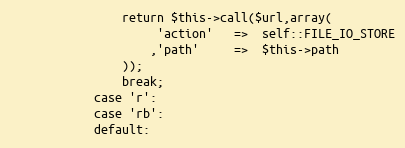
Language: PHP
				return $this->call($url,array(
					 'action'	=>	self::FILE_IO_STORE
					,'path'		=>	$this->path
				));
				break;
			case 'r':
			case 'rb':
			default: